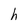
Character: h